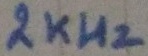
Text: 2KHz